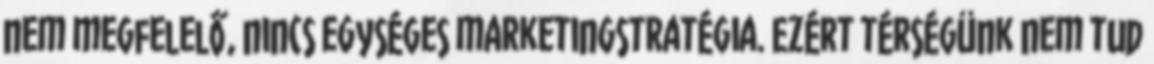
nem megfelelő, nincs egységes marketingstratégia. Ezért térségünk nem tud